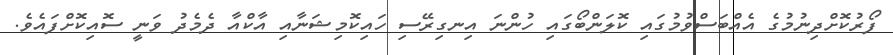
ފޯރުކޮށްދިނުމުގެ އެއްބަސްވުމުގައި ކޮލަންބޯގައި ހުންނަ އިނގިރޭސި ހައިކޮމިޝަނާއި އާކްއާ ދެމެދު ވަނީ ސޮއިކޮށްފައެވެ.